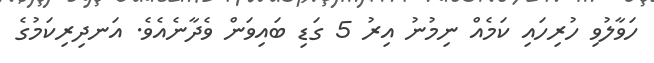
ހަވާލުވި ހުރިހައި ކަމެއް ނިމުނު އިރު 5 ގަޑި ބައިވަން ވެދާނެއެވެ. އަނދިރިކަމުގެ